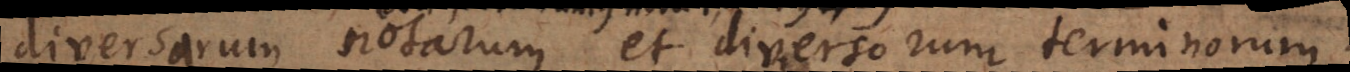
diversarum notarum et diversorum terminorum